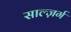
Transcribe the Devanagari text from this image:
साल्ज़र्ग